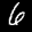
Label: 6